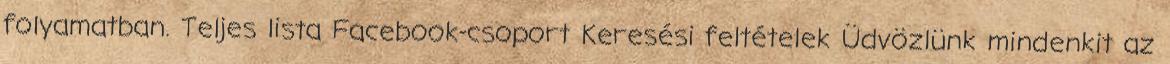
folyamatban. Teljes lista Facebook-csoport Keresési feltételek Üdvözlünk mindenkit az